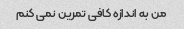
من به اندازه کافی تمرین نمی کنم